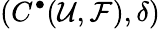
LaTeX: (C^{\bullet}({\mathcal{U}},{\mathcal{F}}),\delta)